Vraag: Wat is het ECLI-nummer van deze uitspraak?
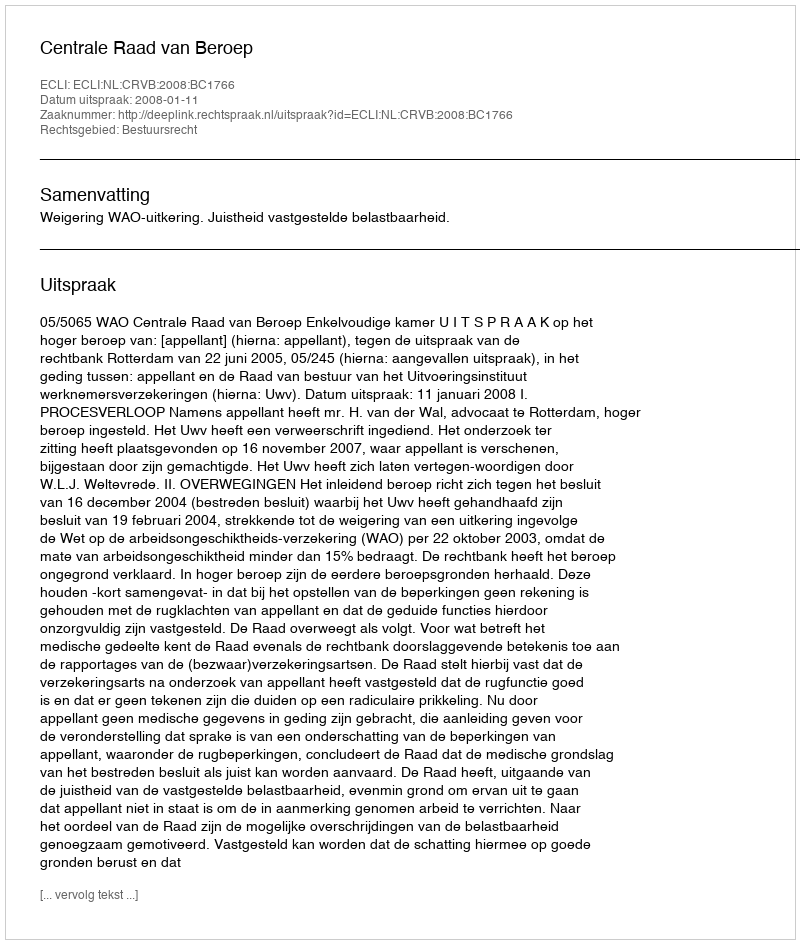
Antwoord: ECLI:NL:CRVB:2008:BC1766